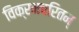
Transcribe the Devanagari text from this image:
विक्रमचरितम्